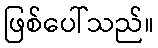
ဖြစ်ပေါ်သည်။